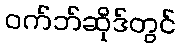
ဝက်ဘ်ဆိုဒ်တွင်